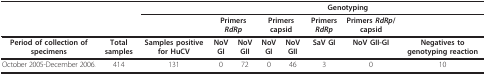
<table><thead><tr><td></td><td></td><td></td><td colspan="7"><b>Genotyping</b></td></tr><tr><td></td><td></td><td></td><td colspan="2"><b>Primers <i>RdRp</i></b></td><td colspan="2"><b>Primers capsid</b></td><td><b>Primers <i>RdRp</i></b></td><td><b>Primers <i>RdRp</i>/capsid</b></td><td></td></tr></thead><tbody><tr><td><b>Period of collection of specimens</b></td><td><b>Total samples</b></td><td><b>Samples positive for HuCV</b></td><td><b>NoV GI</b></td><td><b>NoV GII</b></td><td><b>NoV GI</b></td><td><b>NoV GII</b></td><td><b>SaV GI</b></td><td><b>NoV GII-GI</b></td><td><b>Negatives to genotyping reaction</b></td></tr><tr><td>October 2005-December 2006.</td><td>414</td><td>131</td><td>0</td><td>72</td><td>0</td><td>46</td><td>3</td><td>0</td><td>10</td></tr></tbody></table>